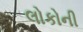
લોકોની